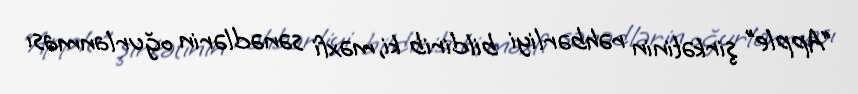
“Apple” şirkətinin rəhbərliyi bildirib ki, məxfi sənədlərin oğurlanması